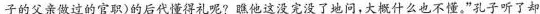
子的父亲做过的官职)的后代懂得礼呢?瞧他这没完没了地问，大概什么也不懂。”孔子听了却